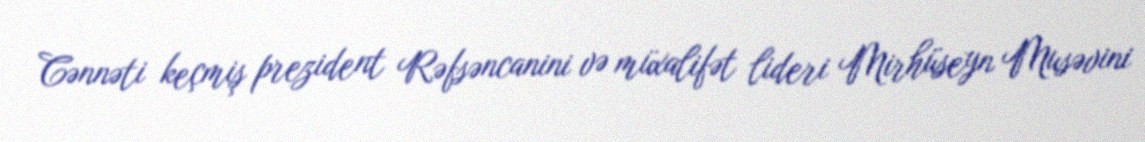
Cənnəti keçmiş prezident Rəfsəncanini və müxalifət lideri Mirhüseyn Musəvini